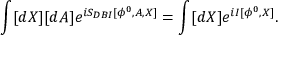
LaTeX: \int [ d X ] [ d A ] e ^ { i S _ { D B I } [ \phi ^ { 0 } , A , X ] } = \int [ d X ] e ^ { i I [ \phi ^ { 0 } , X ] } .